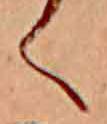
く